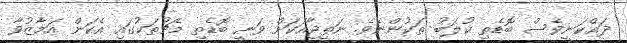
ދައްކަނީވެސް ބޮޑެތި ކުލަބު ތަކުންނެވެ. ނަތީޖާއަކަށް ވަނީ ބޮޑެތި މެޗުތަކުގައި އެކަން އަމާޒުވާ